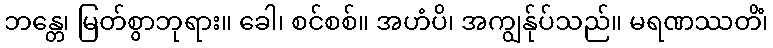
ဘန္တေ၊ မြတ်စွာဘုရား။ ခေါ၊ စင်စစ်။ အဟံပိ၊ အကျွန်ုပ်သည်။ မရဏဿတိံ၊